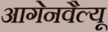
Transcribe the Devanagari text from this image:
आगेनवैल्यू